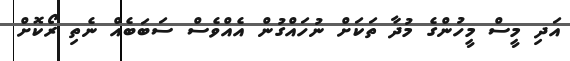
އަދި މީސް މީހުންގެ މުދާ ތަކަށް ނުހައްގުން އެއްވެސް ސަބަބެއް ނެތި ރޯކޮށް